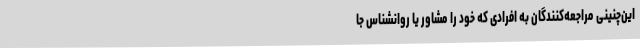
این‌چنینی مراجعه‌کنندگان به افرادی که خود را مشاور یا روانشناس جا